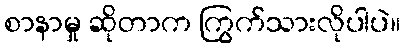
စာနာမှု ဆိုတာက ကြွက်သားလိုပါပဲ။